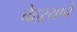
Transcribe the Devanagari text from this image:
चेहऱ्याचे